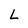
Character: L